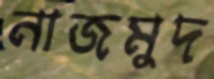
নাজমুদ